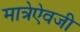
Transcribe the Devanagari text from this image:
मात्रेऐवजी